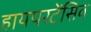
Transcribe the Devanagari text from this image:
हायपरटेंसिव